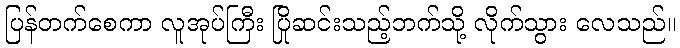
ပြန်တက်စေကာ လူအုပ်ကြီး ပြိုဆင်းသည့်ဘက်သို့ လိုက်သွား လေသည်။